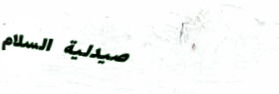
صيدلية السلام